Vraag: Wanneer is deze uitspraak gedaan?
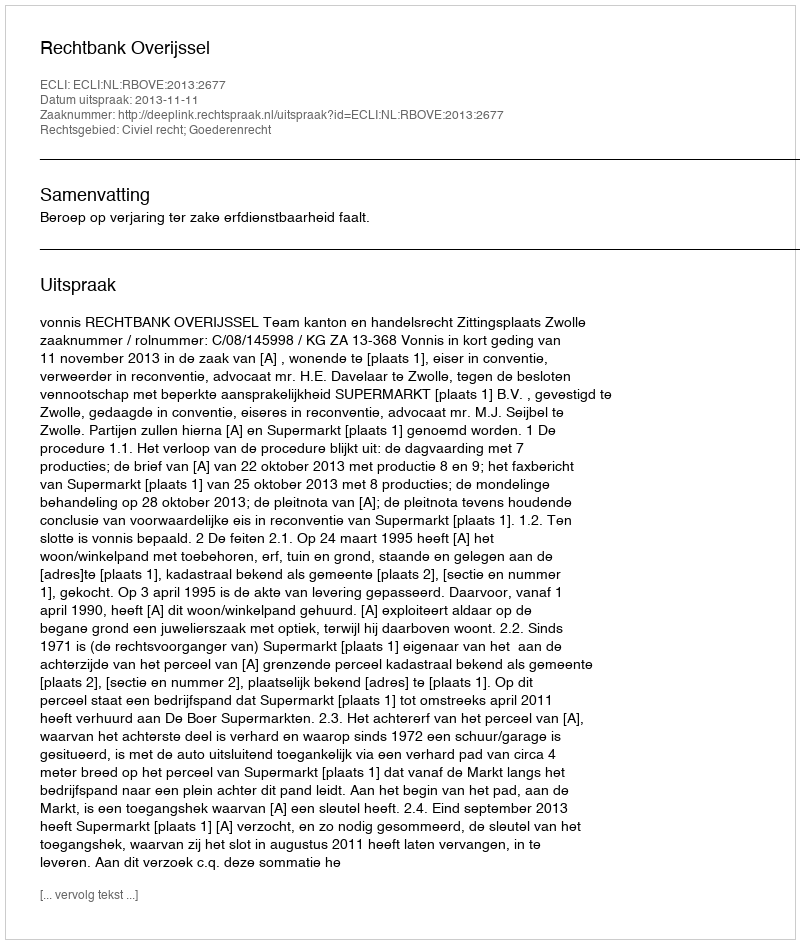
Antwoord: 2013-11-11